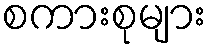
စကားစုများ